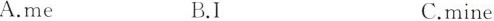
A.me B.I C.mine